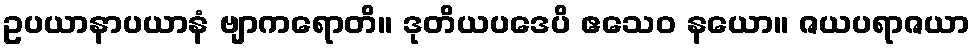
ဥပယာနာပယာနံ ဗျာကရောတိ။ ဒုတိယပဒေပိ ဧသေဝ နယော။ ဇယပရာဇယာ